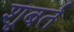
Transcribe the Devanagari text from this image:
शूबर्त